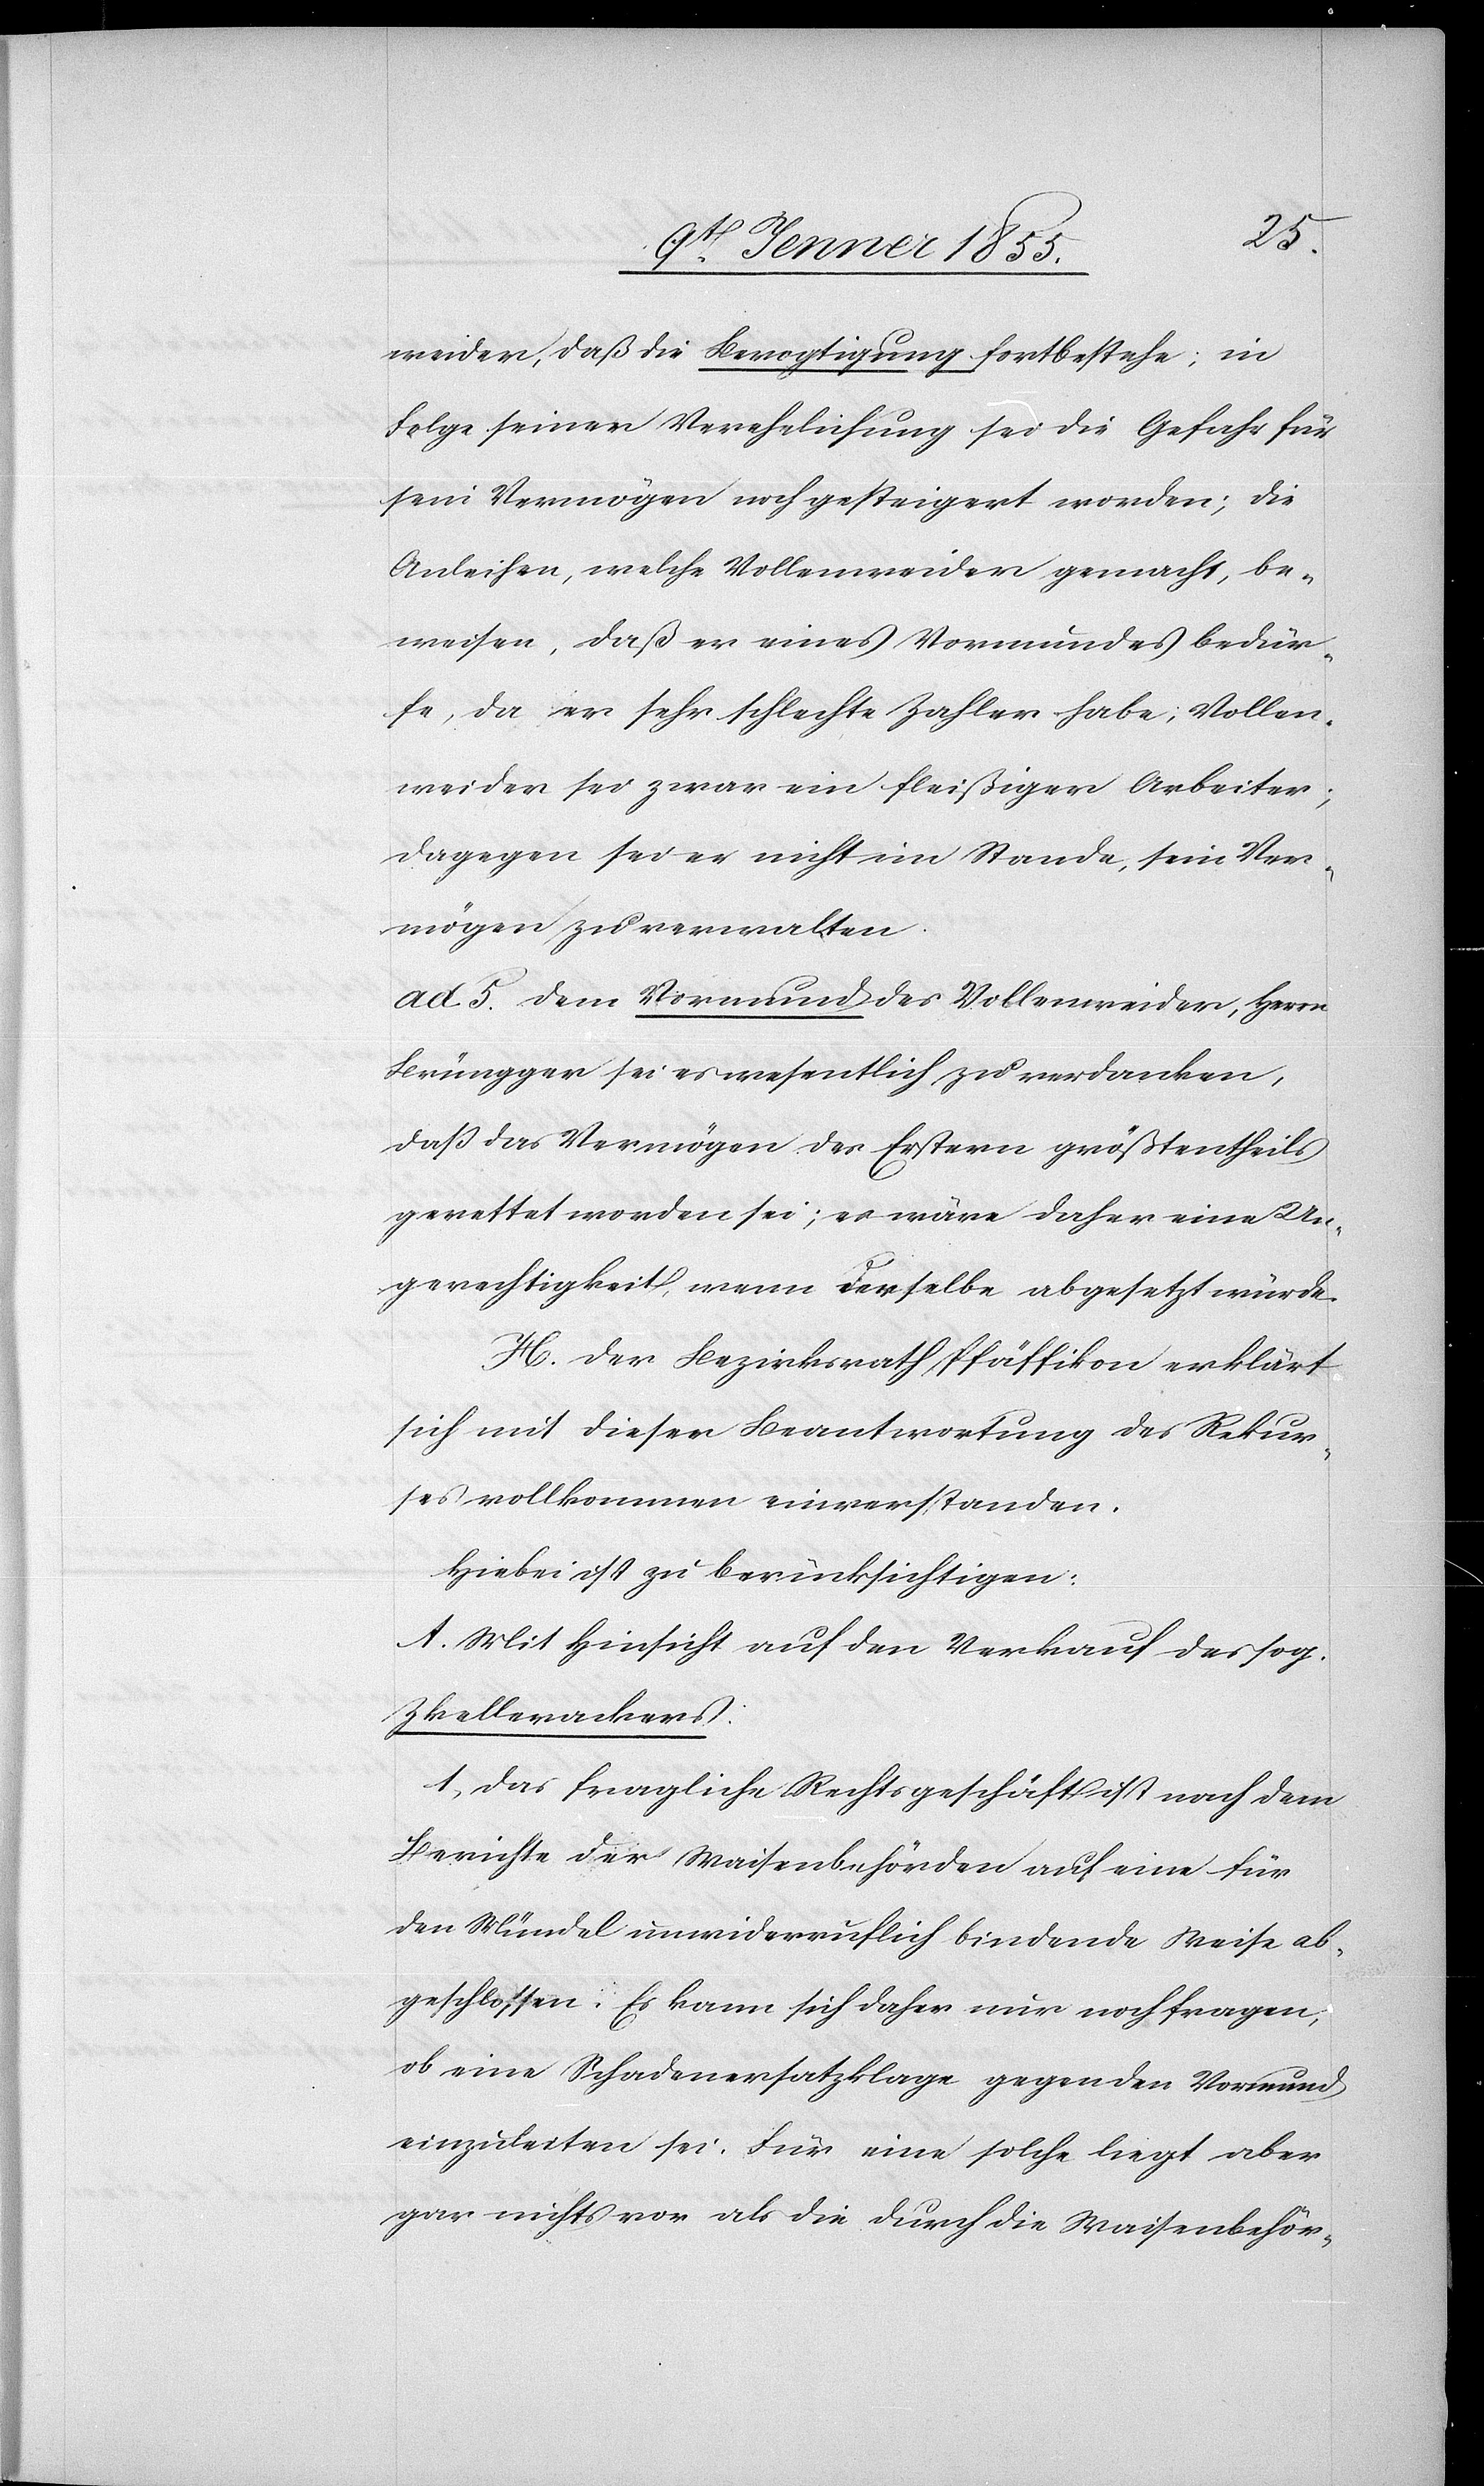
weider, daß die Bevogtigung fortbestehe; in
Folge seiner Verehelichung sei die Gefahr für
sein Vermögen noch gesteigert worden; die
Anleihen, welche Vollenweider gemacht, be¬
weisen, daß er eines Vormundes bedür¬
fe, da er sehr schlechte Zahler habe; Vollen¬
weider sei zwar ein fleißiger Arbeiter;
dagegen sei er nicht im Stande, sein Ver¬
mögen zu verwalten.
ad. 5. Dem Vormund des Vollenweider, Herrn
Brüngger sei es wesentlich zu verdanken,
daß das Vermögen des Erstern größtentheils
gerettet worden sei; es wäre daher eine Un¬
gerechtigkeit, wenn Derselbe abgesetzt würde.
H. Der Bezirksrath Pfäffikon erklärt
sich mit dieser Beantwortung des Rekur¬
ses vollkommen einverstanden.
Hiebei ist zu berücksichtigen:
A. Mit Hinsicht auf den Verkauf des sog.
Zkellerackers:
1, Das fragliche Rechtsgeschäft ist nach dem
Berichte der Waisenbehörden auf eine für
den Mündel unwiderruflich bindende Weise ab¬
geschlossen. Es kann sich daher nur noch fragen,
ob eine Schadenersatzklage gegen den Vormund
einzuleiten sei. Für eine solche liegt aber
gar nichts vor als die durch die Waisenbehör-